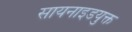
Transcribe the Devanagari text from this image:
सायनाइडयुक्त